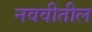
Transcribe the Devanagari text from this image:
नववीतील